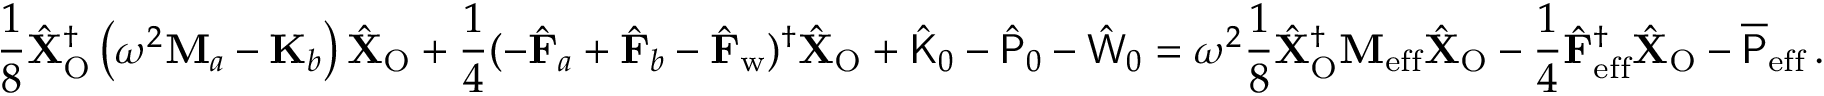
\frac { 1 } { 8 } \hat { \mathbf { X } } _ { \mathrm { O } } ^ { \dagger } \left( \omega ^ { 2 } \mathbf { M } _ { a } - \mathbf { K } _ { b } \right) \hat { \mathbf { X } } _ { \mathrm { O } } + \frac { 1 } { 4 } ( - \hat { \mathbf { F } } _ { a } + \hat { \mathbf { F } } _ { b } - \hat { \mathbf { F } } _ { \mathrm { w } } ) ^ { \dagger } \hat { \mathbf { X } } _ { \mathrm { O } } + \hat { \mathsf { K } } _ { 0 } - \hat { \mathsf { P } } _ { 0 } - \hat { \mathsf { W } } _ { 0 } = \omega ^ { 2 } \frac { 1 } { 8 } \hat { \mathbf { X } } _ { \mathrm { O } } ^ { \dagger } \mathbf { M } _ { \mathrm { e f f } } \hat { \mathbf { X } } _ { \mathrm { O } } - \frac { 1 } { 4 } \hat { \mathbf { F } } _ { \mathrm { e f f } } ^ { \dagger } \hat { \mathbf { X } } _ { \mathrm { O } } - \overline { { \mathsf { P } } } _ { \mathrm { e f f } } \, .